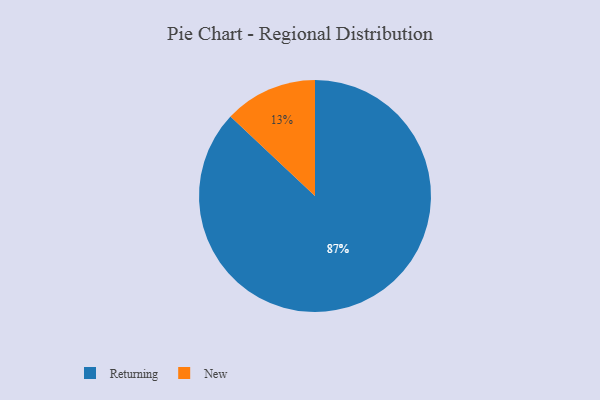
{"axis": {"x": "Category", "y": "Percentage"}, "legend": ["New", "Returning"], "data": [{"x": "New", "y": 13, "type": "New"}, {"x": "Returning", "y": 87, "type": "Returning"}]}